Lunatic asylums Punjab 1895-1910 - 1895-1910
Year: 1895
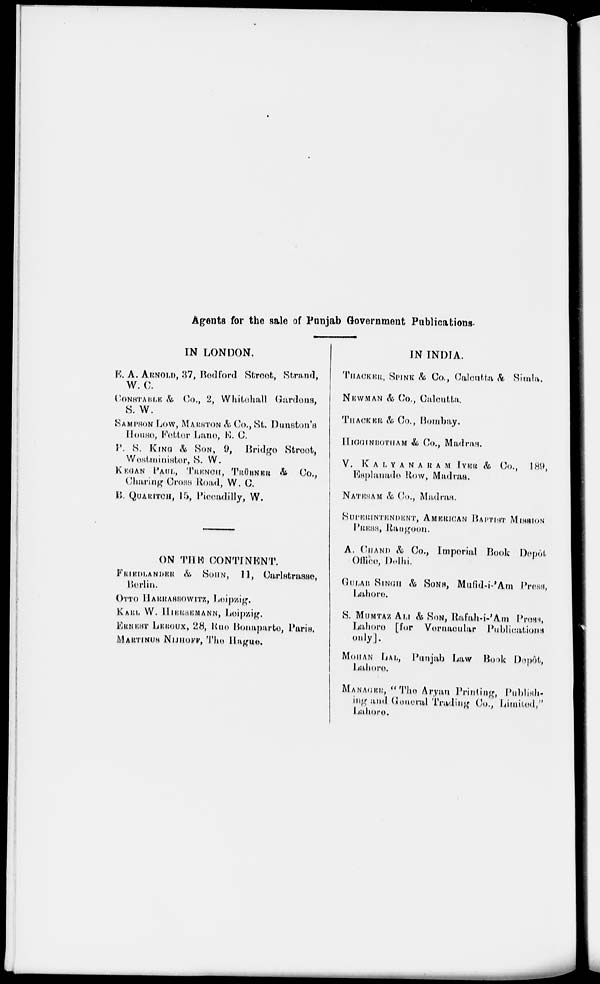
Agents for the sale of Punjab Government Publications.
IN LONDON.
E. A. ARNOLD, 37, Bedford Street, Strand,
W. C.
CONSTABLE & Co., 2, Whitehall Gardens,
S. W.
SAMPSON LOW, MARSTON & Co., St. Dunston's
House, Fetter Lane, E. C.
P. S. KING & SON, 9, Bridge Street,
Westminister, S. W.
KEGAN PAUL, TRENCH, TRÜBNER & Co.,
Charing Cross Road, W. C.
B. QUARITCH, 15, Piccadilly, W.
ON THE CONTINENT.
FRIEDLANDER & SOHN, 11, Carlstrasse,
Berlin.
OTTO HARRASSOWITZ, Leipzig.
KARL W. HIERSEMANN, Leipzig.
ERNEST LEROUX, 28, Rue Bonaparte, Paris.
MARTINUS NIJHOFF, The Hague.
IN INDIA.
THACKER, SPINK & Co., Calcutta & Simla.
NEWMAN & Co., Calcutta.
THACKER & Co., Bombay.
HIGGINBOTHAM & Co., Madras.
V. KALYANARAM IYER & Co., 189,
Esplanade Row, Madras.
NATESAM & Co., Madras.
SUPERINTENDENT, AMERICAN BAPTIST MISSION
PRESS, Rangoon.
A. CHAND & Co., Imperial Book Depôt
Office, Delhi.
GULAB SINGH & SONS, Mufid-i-'Am Press,
Lahore.
S. MUMTAZ ALI & SON, Rafah-i-'Am Press,
Lahore [for Vernacular Publications
only].
MOHAN LAL, Punjab Law Book Depôt,
Lahore.
MANAGER, " The Aryan Printing, Publish-
ing and General Trading Co., Limited,"
Lahore.